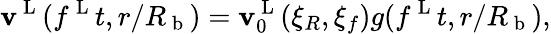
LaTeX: \mathbf{v}^{\mathrm{{~L~}}}(f^{\mathrm{{~L~}}}t,r/R_{\mathrm{{~b~}}})=\mathbf{v}_{0}^{\mathrm{{~L~}}}(\xi_{R},\xi_{f})g(f^{\mathrm{{~L~}}}t,r/R_{\mathrm{{~b~}}}),